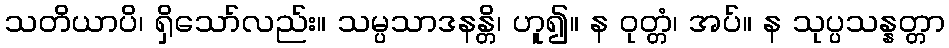
သတိယာပိ၊ ရှိသော်လည်း။ သမ္ပသာဒနန္တိ၊ ဟူ၍။ န ဝုတ္တံ၊ အပ်။ န သုပ္ပသန္နတ္တာ